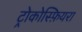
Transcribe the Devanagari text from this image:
ट्रोकोस्फ़ियरा